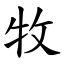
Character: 牧